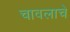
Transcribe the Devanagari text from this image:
चावलाचे